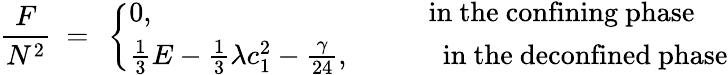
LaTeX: \frac{F}{N^{2}}~=~\left\{ \begin{array}{ll}{{0,}}&{{\mathrm{in~the~confining~phase}}}\\ {{\frac{1}{3}E-\frac{1}{3}\lambda c_{1}^{2}-\frac{\gamma}{24},~~~~~~~}}&{{\mathrm{~~in~the~deconfined~phase}}}\end{array}\right.